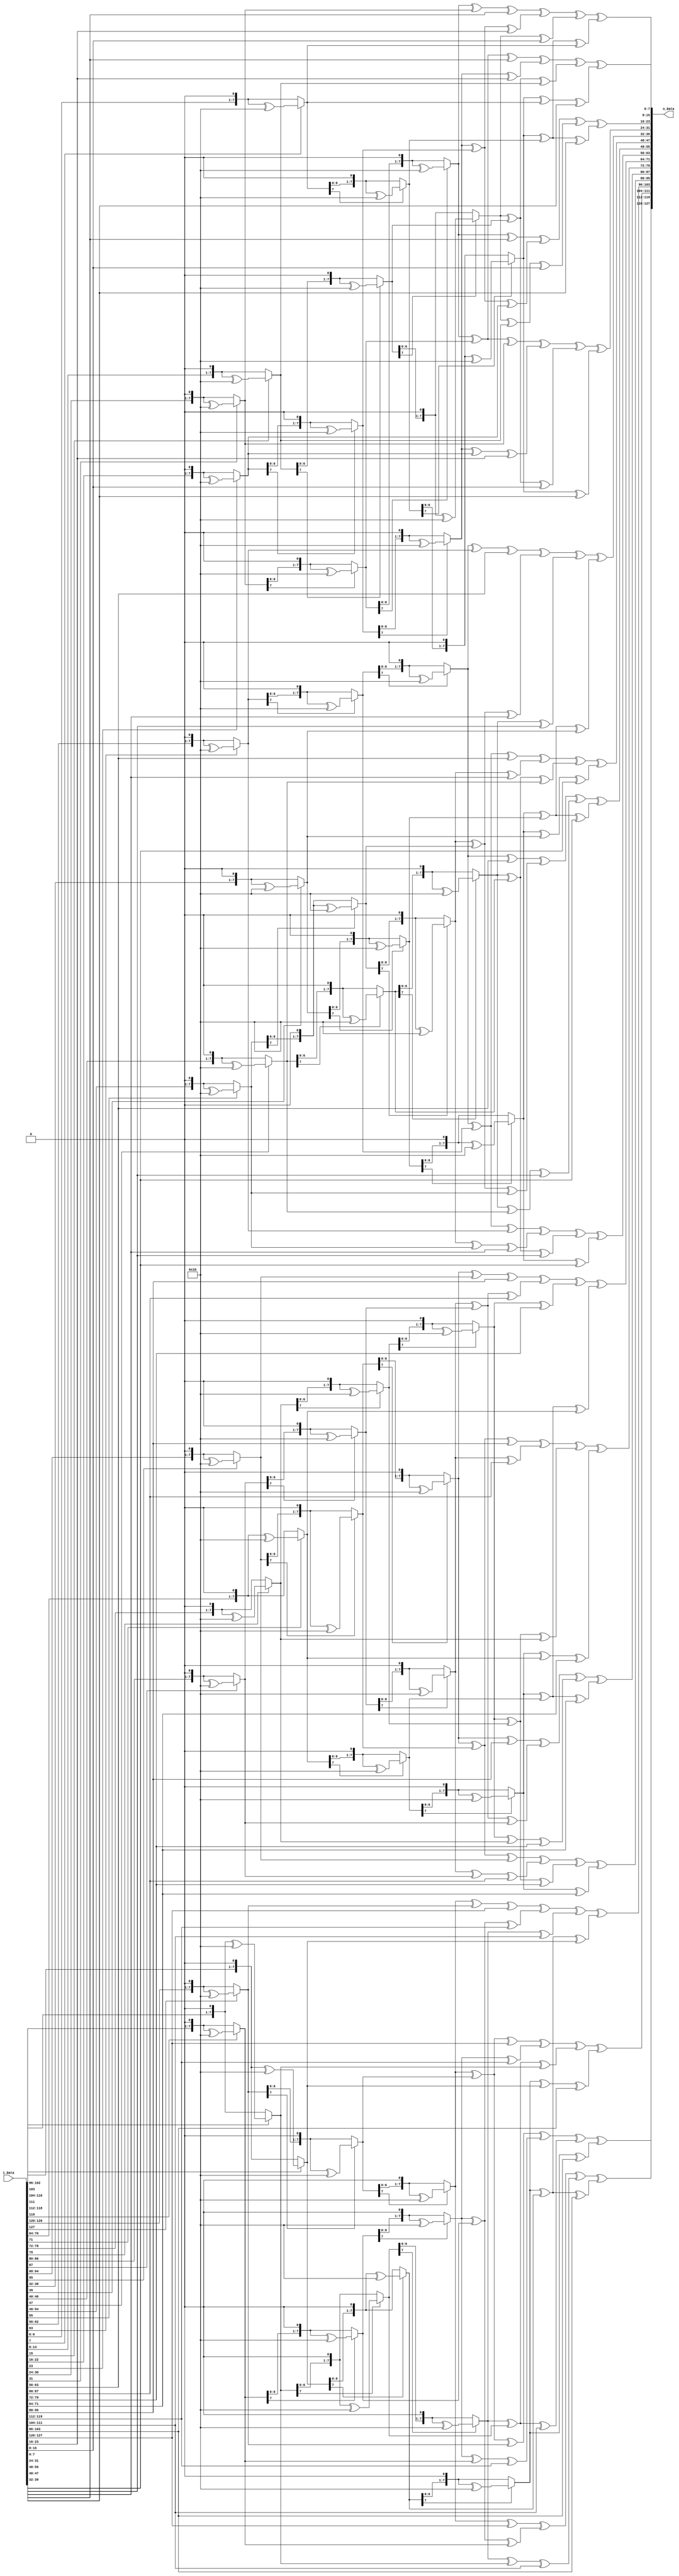
module InvMixCol(
    input [127:0] i_Data,
    output [127:0] o_Data
);

function [7:0] multiplyb(input [7:0] mb,input integer n);
    integer i;
    begin
        for(i=0;i<n;i=i+1) begin
            if(mb[7] == 1) mb = (({mb[6:0],1'b0})^8'h1b);
            else mb = {mb[6:0],1'b0};
        end
        multiplyb = mb;
    end

endfunction

function [7:0] multiplyb0e;
    input [7:0] mb0e;
    begin
        multiplyb0e = multiplyb(mb0e,3)^multiplyb(mb0e,2)^multiplyb(mb0e,1);
    end

endfunction

function [7:0] multiplyb0b;
    input [7:0] mb0b;
    begin
        multiplyb0b = multiplyb(mb0b,3)^multiplyb(mb0b,1)^mb0b;
    end

endfunction


function [7:0] multiplyb0d;
    input [7:0] mb0d;
    begin
        multiplyb0d = multiplyb(mb0d,3)^multiplyb(mb0d,2)^mb0d;
    end

endfunction


function [7:0] multiplyb09;
    input [7:0] mb09;
    begin
        multiplyb09 = multiplyb(mb09,3)^mb09;
    end

endfunction

genvar i;

generate
    for(i=0;i<4;i=i+1)begin
     assign o_Data[(i*32 + 24)+:8] = multiplyb0e(i_Data[(i*32 + 24)+:8]) ^ multiplyb0b(i_Data[(i*32 + 16)+:8]) ^ multiplyb0d(i_Data[(i*32 + 8)+:8]) ^ multiplyb09(i_Data[(i*32)+:8]);
     assign o_Data[(i*32 + 16)+:8] = multiplyb09(i_Data[(i*32 + 24)+:8]) ^ multiplyb0e(i_Data[(i*32 + 16)+:8]) ^ multiplyb0b(i_Data[(i*32 + 8)+:8]) ^ multiplyb0d(i_Data[(i*32)+:8]);
     assign o_Data[(i*32 + 8)+:8] = multiplyb0d(i_Data[(i*32 + 24)+:8]) ^ multiplyb09(i_Data[(i*32 + 16)+:8]) ^ multiplyb0e(i_Data[(i*32 + 8)+:8]) ^ multiplyb0b(i_Data[(i*32)+:8]);
     assign o_Data[(i*32)+:8] = multiplyb0b(i_Data[(i*32 + 24)+:8]) ^ multiplyb0d(i_Data[(i*32 + 16)+:8]) ^ multiplyb09(i_Data[(i*32 + 8)+:8]) ^ multiplyb0e(i_Data[(i*32)+:8]);    
    end
endgenerate

endmodule